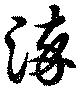
染